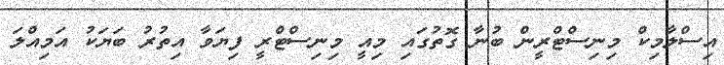
އިސްލާމިކް މިނިސްޓްރީން ބުނާ ގޮތުގައި މިއީ މިނިސްޓްރީ ފިޔަވާ އިތުރު ބަޔަކު އަމިއްލަ